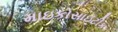
માઇકોસાઇટીક